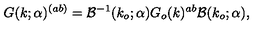
G ( k ; \alpha ) ^ { ( a b ) } = { \cal B } ^ { - 1 } ( k _ { o } ; \alpha ) G _ { o } ( k ) ^ { a b } { \cal B } ( k _ { o } ; \alpha ) ,